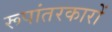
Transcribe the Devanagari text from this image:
रूपांतरकारों